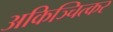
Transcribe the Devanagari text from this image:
अकिञ्चित्कर